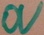
Text: 0V